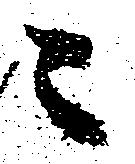
ニ